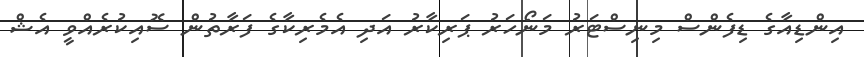
އިންޑިއާގެ ޑިފެންސް މިނިސްޓަރު މަނޯހަރު ޕަރިކާރު އަދި އެމެރިކާގެ ފަރާތުން ސޮއިކުރެއްވީ އެޝް